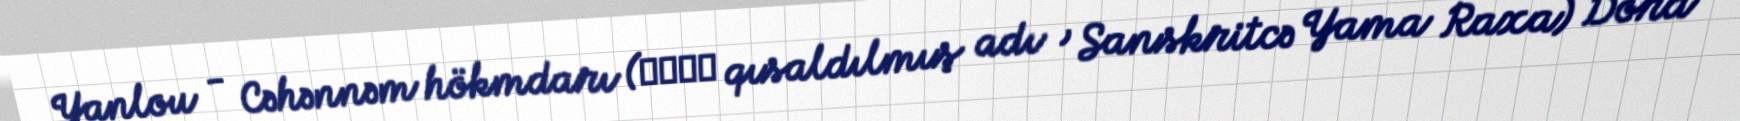
Yanlou - Cəhənnəm hökmdarı (閻魔羅社 qısaldılmış adı , Sanskritcə Yama Raxa) Dörd